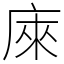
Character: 庲